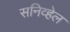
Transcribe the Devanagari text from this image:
सनिव्हेल